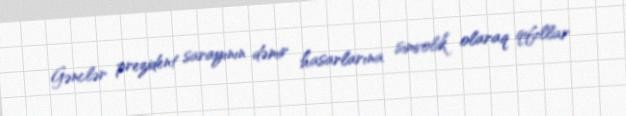
Gənclər prezident sarayının dəmir hasarlarına simvolik olaraq qıfıllar